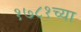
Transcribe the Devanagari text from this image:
१७८१च्या